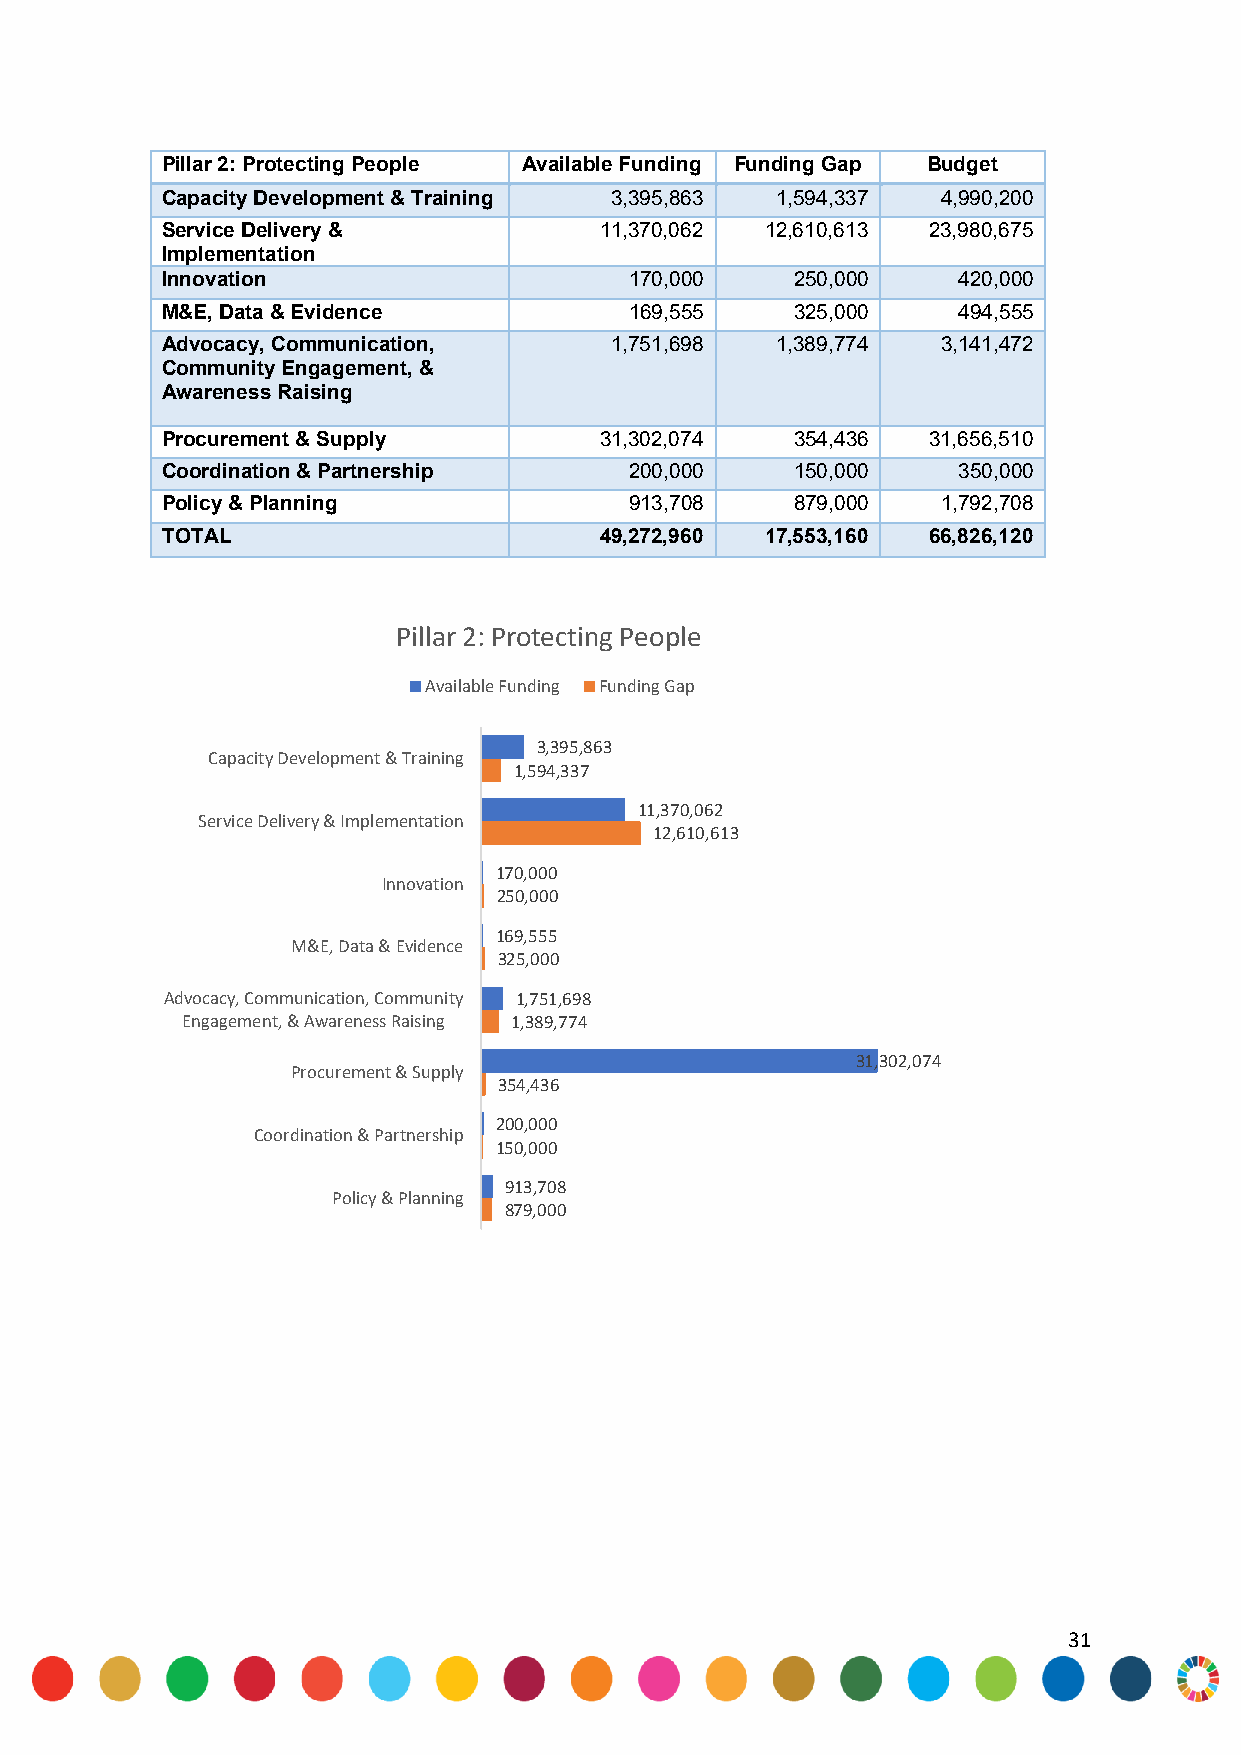
Pillar 2: Protecting People Available Funding Funding Gap Budget
 Capacity Development & Training 3,395,863 1,594,337 4,990,200
 Service Delivery &           11,370,062 12,610,613 23,980,675
 Implementation
 Innovation                     170,000    250,000   420,000
 M&E, Data & Evidence           169,555    325,000   494,555
 Advocacy, Communication,     1,751,698  1,389,774  3,141,472
 Community Engagement, &
 Awareness Raising
 Procurement & Supply         31,302,074   354,436 31,656,510
 Coordination & Partnership     200,000    150,000   350,000
 Policy & Planning              913,708    879,000  1,792,708
 TOTAL                        49,272,960 17,553,160 66,826,120
 Pillar 2: Protecting People
 Available Funding Funding Gap
 3,395,863
 Capacity Development & Training
 1,594,337
 11,370,062
 Service Delivery & Implementation
 12,610,613
 170,000
 Innovation
 250,000
 169,555
 M&E, Data & Evidence
 325,000
 Advocacy, Communication, Community 1,751,698
 Engagement, & Awareness Raising 1,389,774
 31,302,074
 Procurement & Supply
 354,436
 200,000
 Coordination & Partnership
 150,000
 913,708
 Policy & Planning
 879,000
 31